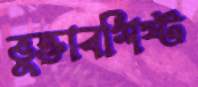
ভুক্তাবশিষ্ট